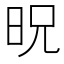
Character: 㫛